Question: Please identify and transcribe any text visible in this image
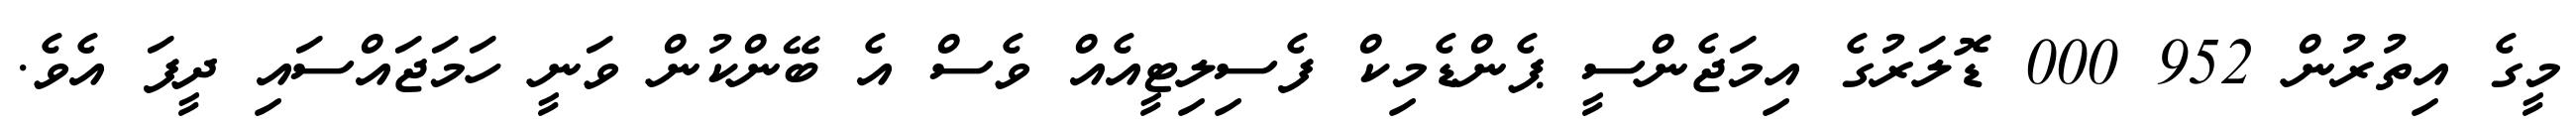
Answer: މީގެ އިތުރުން 952 000 ޑޮލަރުގެ އިމަޖެންސީ ޕެންޑެމިކް ފެސިލިޓީއެއް ވެސް އެ ބޭންކުން ވަނީ ހަމަޖައްސައި ދީފަ އެވެ.